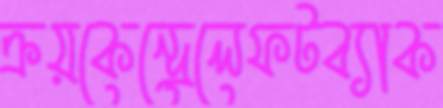
ক্রয়কেন্দ্রেলেফটব্যাক